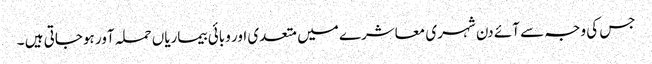
جس کی وجہ سے آئے دن شہری معاشرے میں متعدی اور وبائی بیماریاں حملہ آور ہوجاتی ہیں ۔